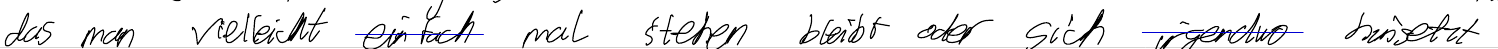
das man vielleicht einfach mal stehen bleibt oder sich irgendwo hinsetzt